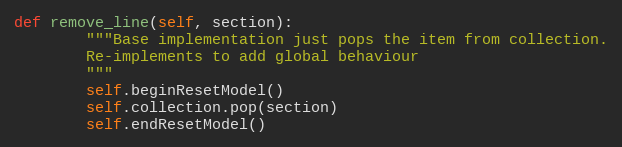
Language: Python
def remove_line(self, section):
        """Base implementation just pops the item from collection.
        Re-implements to add global behaviour
        """
        self.beginResetModel()
        self.collection.pop(section)
        self.endResetModel()